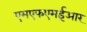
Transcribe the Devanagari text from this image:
एमएफएमईआर